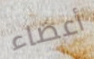
أعضاء